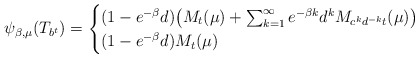
\begin{align*}\psi_{\beta,\mu}(T_{b^t})=\begin{cases}(1-e^{-\beta}d)\big(M_t(\mu)+\sum_{k=1}^\infty e^{-\beta k}d^kM_{c^kd^{-k}t}(\mu)\big)&\\(1-e^{-\beta}d)M_t(\mu)&\end{cases}\end{align*}